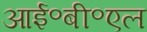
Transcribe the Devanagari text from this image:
आई॰बी॰एल